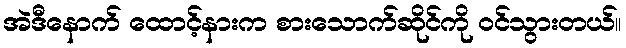
အဲဒီနောက် ထောင့်နားက စားသောက်ဆိုင်ကို ဝင်သွားတယ်။